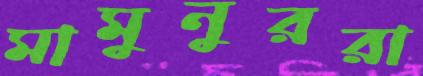
মামুনুররা